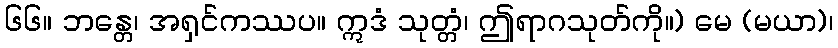
၆၆။ ဘန္တေ၊ အရှင်ကဿပ။ ဣဒံ သုတ္တံ၊ ဤရာဂသုတ်ကို။) မေ (မယာ)၊